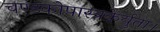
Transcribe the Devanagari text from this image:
चण्डकोपास्त्रकेर्युता।